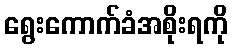
ရွေးကောက်ခံအစိုးရကို